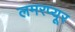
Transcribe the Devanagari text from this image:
लमरप्यूर